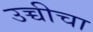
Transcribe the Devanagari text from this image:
उच्चीचा